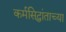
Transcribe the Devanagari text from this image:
कर्मसिद्धांताच्या